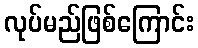
လုပ်မည်ဖြစ်ကြောင်း